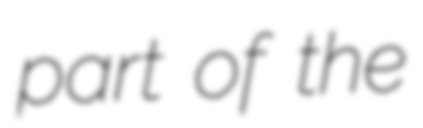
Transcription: part of the